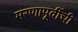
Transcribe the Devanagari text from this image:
मरणापूर्वीची